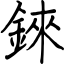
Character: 錸